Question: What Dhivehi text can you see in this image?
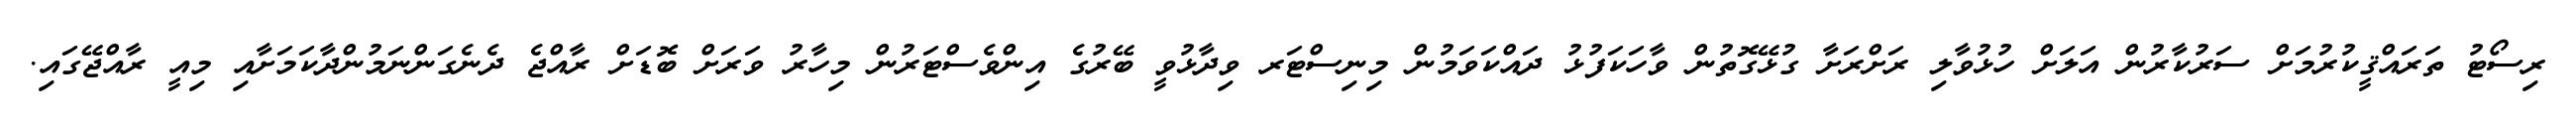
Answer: ރިސޯޓު ތަރައްޤީކުރުމަށް ސަރުކާރުން އަލަށް ހުޅުވާލި ރަށްރަށާ ގުޅޭގޮތުން ވާހަކަފުޅު ދައްކަވަމުން މިނިސްޓަރ ވިދާޅުވީ ބޭރުގެ އިންވެސްޓަރުން މިހާރު ވަރަށް ބޮޑަށް ރާއްޖެ ދެނެގަންނަމުންދާކަމަށާއި މިއީ ރާއްޖޭގައި.